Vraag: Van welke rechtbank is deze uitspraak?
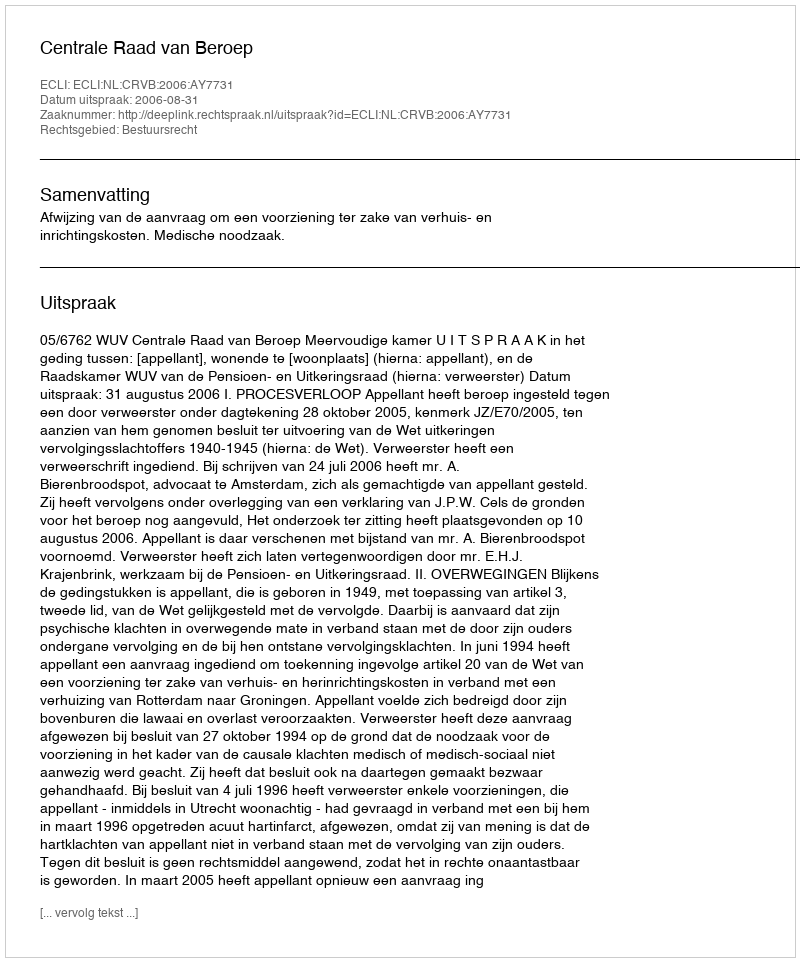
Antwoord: Centrale Raad van Beroep